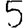
Digit: 5